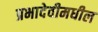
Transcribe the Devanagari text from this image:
प्रभादेवीमधील